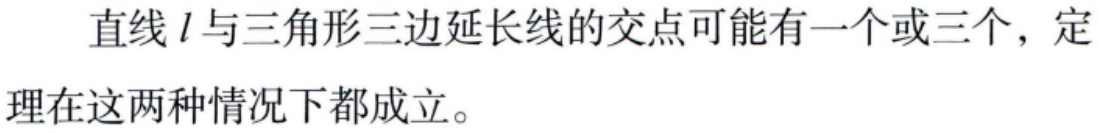
直线 \(l\) 与三角形三边延长线的交点可能有一个或三个，定理在这两种情况下都成立。